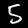
Digit: 5